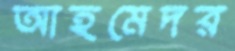
আহমেদর